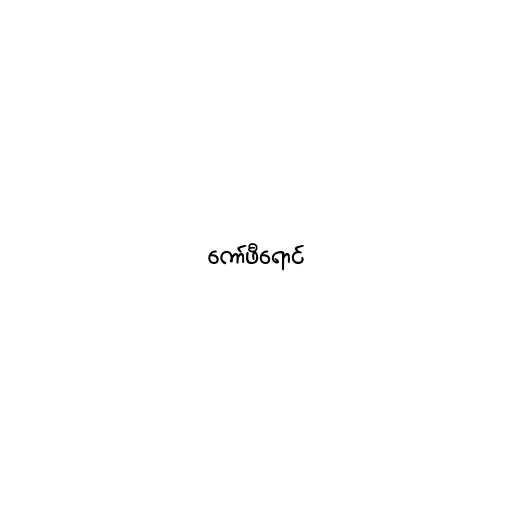
ကော်ဖီရောင်